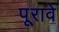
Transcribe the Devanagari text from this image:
पूरावे